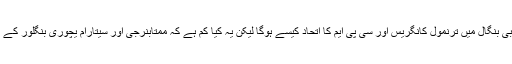
یہ بھی ایک اہم سوال ہے کہ مغربی بنگال میں ترنمول کانگریس اور سی پی ایم کا اتحاد کیسے ہوگا لیکن یہ کیا کم ہے کہ ممتابنرجی اور سیتارام یچوری بنگلور کے اسٹیج پر ایک ساتھ نظرآرہے ہیں۔